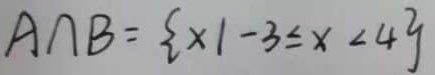
A \cap B = \{ x \vert - 3 < x < 4 \}